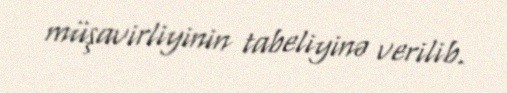
müşavirliyinin tabeliyinə verilib.